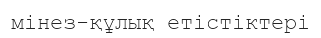
мінез-құлық етістіктері